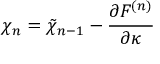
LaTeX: \chi _ { n } = \tilde { \chi } _ { n - 1 } - { \frac { \partial F ^ { ( n ) } } { \partial \kappa } }